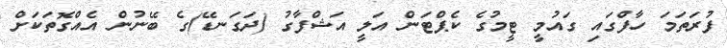
ފުރަތަމަ ހާފްގައި ގައުމީ ޓީމުގެ ކެޕްޓަން އަލީ އަޝްފާގު (ދަގަނޑޭ)ގެ ބޭނުން އެއްގޮތަކަށް